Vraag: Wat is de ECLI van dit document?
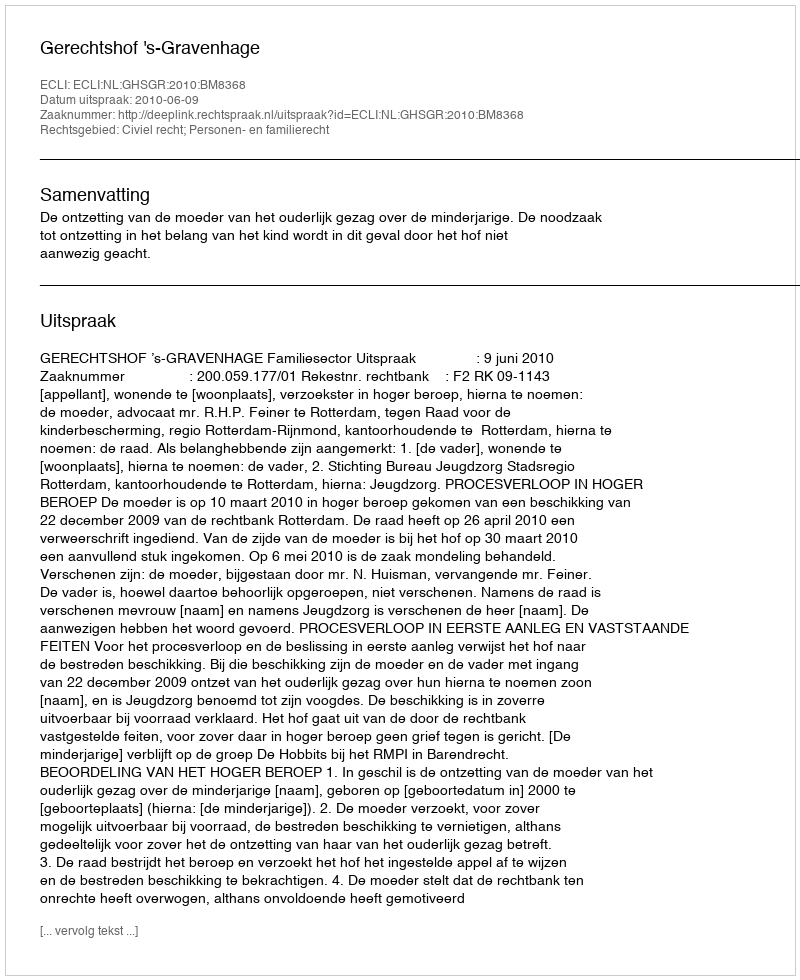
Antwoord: ECLI:NL:GHSGR:2010:BM8368